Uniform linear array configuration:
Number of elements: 8
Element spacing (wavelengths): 1
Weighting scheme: kaiser
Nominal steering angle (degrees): -60
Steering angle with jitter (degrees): -59.422
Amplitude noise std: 0.05
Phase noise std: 0.05

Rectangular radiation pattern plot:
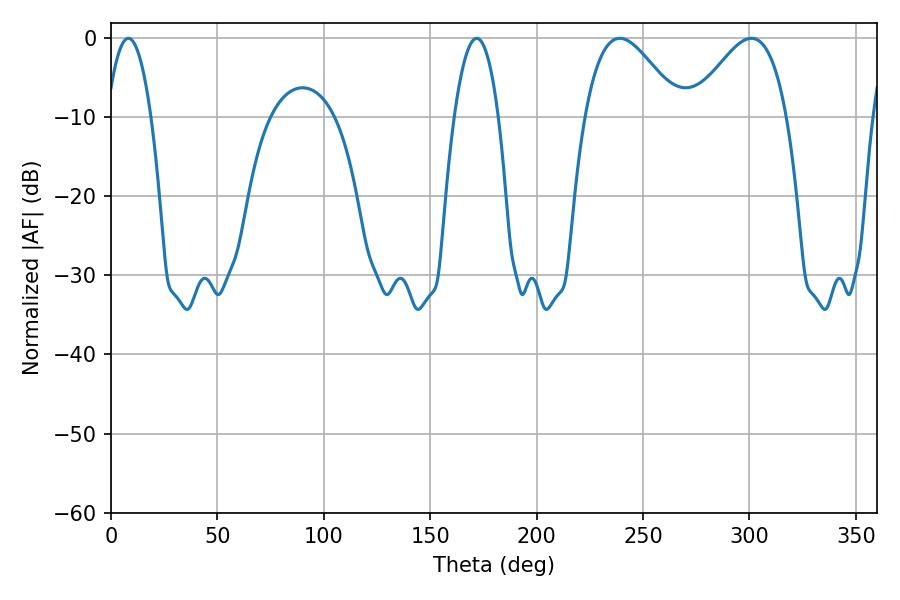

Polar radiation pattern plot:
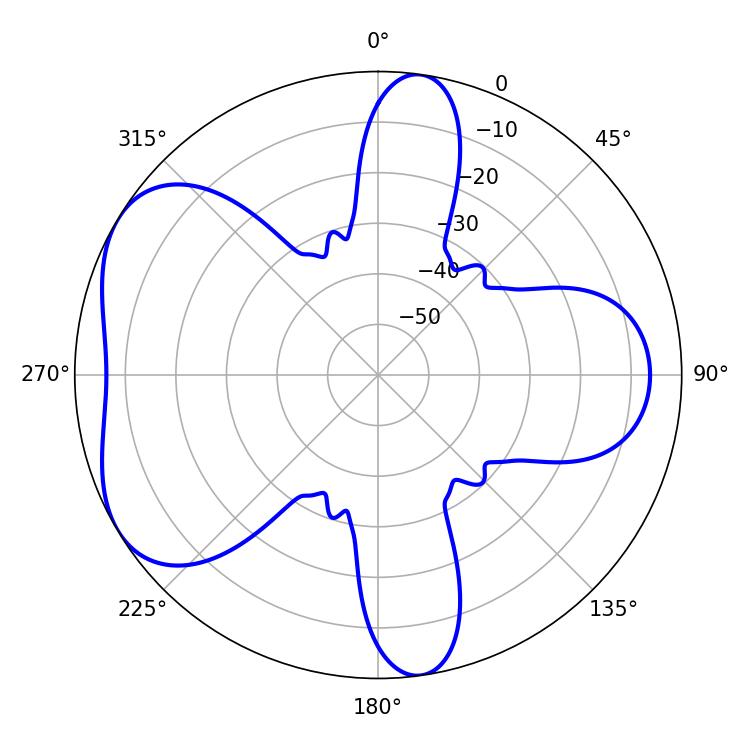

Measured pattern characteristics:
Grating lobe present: TRUE
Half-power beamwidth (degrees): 23.94
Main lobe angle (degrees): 239.04